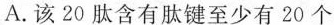
A.该20肽含有肽键至少有20个